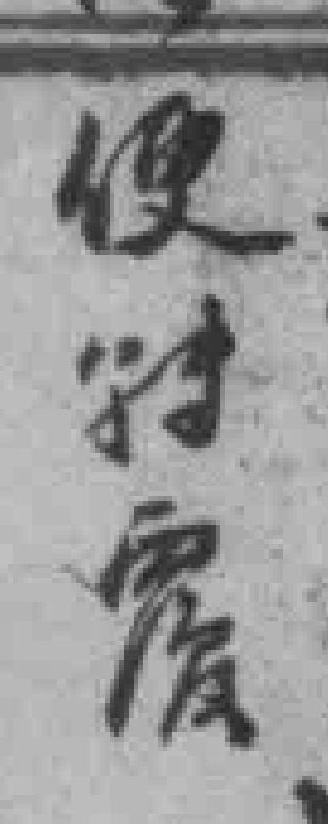
便社馆